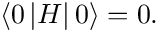
\left\langle 0 \left| H \right| 0 \right\rangle = 0 .